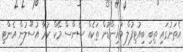
އެތަނުގައި ތިބި ބިއުޓިފުލް މައިންޑުން ތަކެއް ސެންސް މޭކް ކުރާ އުސޫލުން އެންޓި